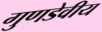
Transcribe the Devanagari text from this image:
गुणडेवीय